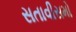
સતાવીસમો